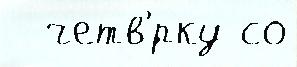
  четв'́рку со